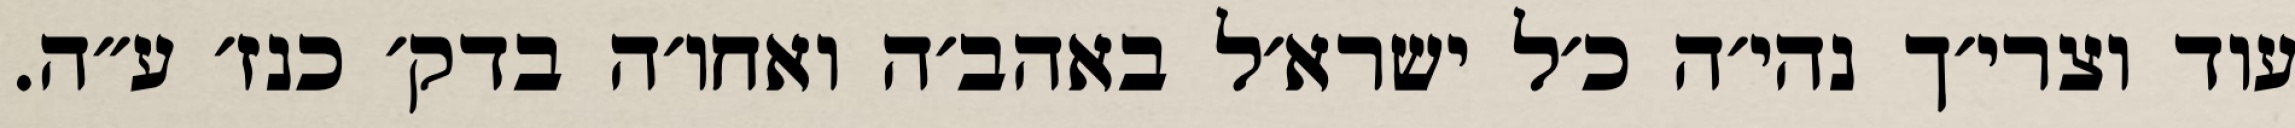
עוד וצרי׳ך נהי׳ה כ׳ל ישרא׳ל באהב׳ה ואחו׳ה בדק׳ כנז׳ ע״ה.